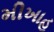
મીખાહ